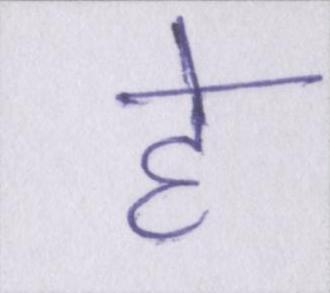
हे